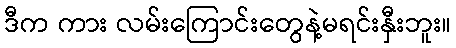
ဒီက ကား လမ်းကြောင်းတွေနဲ့မရင်းနှီးဘူး။